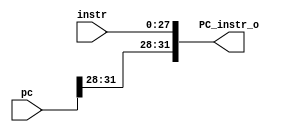
`timescale 1ns / 1ps
//////////////////////////////////////////////////////////////////////////////////
// Company: 
// Engineer: 
// 
// Design Name: 
// Module Name: PC_instr
// Project Name: 
// Target Devices: 
// Tool Versions: 
// Description: 
// 
// Dependencies: 
// 
// Revision:
// Revision 0.01 - File Created
// Additional Comments:
// 
//////////////////////////////////////////////////////////////////////////////////

module PC_instr(
	instr,
	pc,
	PC_instr_o
    );
input 	[27:0]	instr;
input	[31:0]	pc;
output	[31:0]	PC_instr_o;
	
assign PC_instr_o = {pc[31:28], instr[27:0]};
	
endmodule